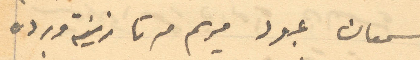
سمعان عبود مريم مرتا زينة ورده